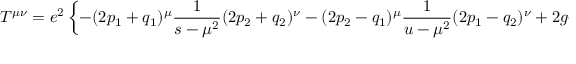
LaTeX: T ^ { \mu \nu } = e ^ { 2 } \left\{ - ( 2 p _ { 1 } + q _ { 1 } ) ^ { \mu } \frac { 1 } { s - \mu ^ { 2 } } ( 2 p _ { 2 } + q _ { 2 } ) ^ { \nu } - ( 2 p _ { 2 } - q _ { 1 } ) ^ { \mu } \frac { 1 } { u - \mu ^ { 2 } } ( 2 p _ { 1 } - q _ { 2 } ) ^ { \nu } + 2 g ^ { \mu \nu } \right\}